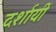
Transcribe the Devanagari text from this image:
दर्शायीं